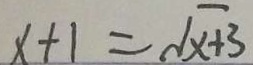
x + 1 = \sqrt { x + 3 }